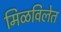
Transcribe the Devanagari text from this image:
मिळविलेत